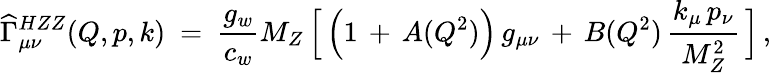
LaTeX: \widehat{\Gamma}_{\mu\nu}^{HZZ}(Q,p,k)\ =\ \frac{g_{w}}{c_{w}}M_{Z}\, \Big[\, \Big(1\, +\, A(Q^{2})\Big)\, g_{\mu\nu}\, +\, B(Q^{2})\, \frac{k_{\mu}\, p_{\nu}}{M_{Z}^{2}}\, \Big]\, ,